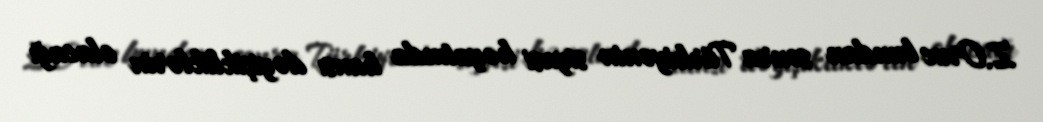
Z.Oruc bundan sonra Türkiyənin siyasi həyatında hansı dəyişikliklərin olacağı